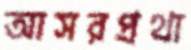
আসরপ্রথা